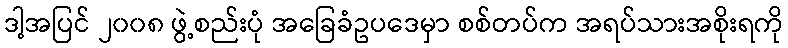
ဒါ့အပြင် ၂၀၀၈ ဖွဲ့စည်းပုံ အခြေခံဥပဒေမှာ စစ်တပ်က အရပ်သားအစိုးရကို